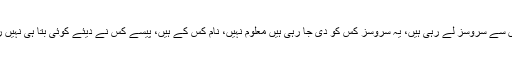
جسٹس عظمت سعید نے اپنے ریمارکس میں کہا کہ آف شور کمپنیاں دوسری کمپنیوں سے سروسز لے رہی ہیں، یہ سروسز کس کو دی جا رہی ہیں معلوم نہیں، نام کس کے ہیں، پیسے کس نے دیئے کوئی بتا ہی نہیں رہا، کاغذ کوئی دکھا ہی نہیں رہا، یہ توہے کہ 88 فیصد منافع وزیر اعظم کو دیا گیا۔